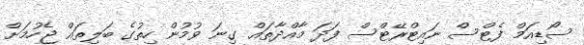
ސޯޑިއަމް ފެޓްސް ނައިޓްރޭޓްސް ފަދަ މާއްދާތައް ގިނަ ވުމުން ހިތުގެ ބަލިތައް ޖެހުމަށް